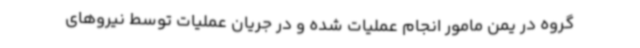
گروه در یمن مامور انجام عملیات شده‌ و در جریان عملیات توسط نیروهای